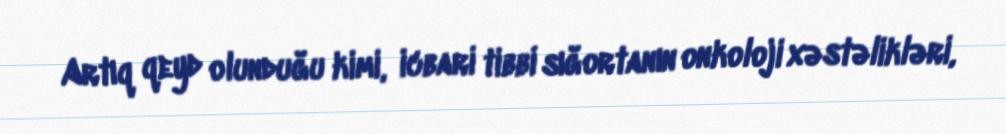
Artıq qeyd olunduğu kimi, icbari tibbi sığortanın onkoloji xəstəlikləri,